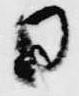
日